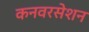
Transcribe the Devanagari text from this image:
कनवरसेशन